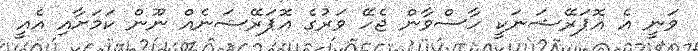
ވަނީ އެ އޮޕަރޭޝަނަކީ ހާސްވާން ޖެހޭ ވަރުގެ އޮޕަރޭޝަނެއް ނޫން ކަމަށާއި އެއީ